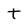
Character: t